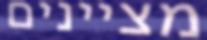
מציינים